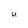
Character: U